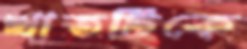
খাতটিকে